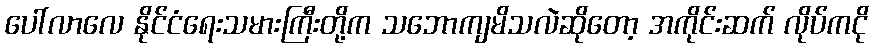
ပေါ်လာလေ နိုင်ငံရေးသမားကြီးတို့က သဘောကျမိသလဲဆိုတော့ အကိုင်းဆက် လိုပ်ကငို